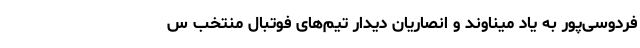
فردوسی‌پور به یاد میناوند و انصاریان دیدار تیم‌های فوتبال منتخب س